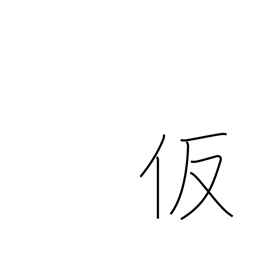
Meaning: assumed (name)